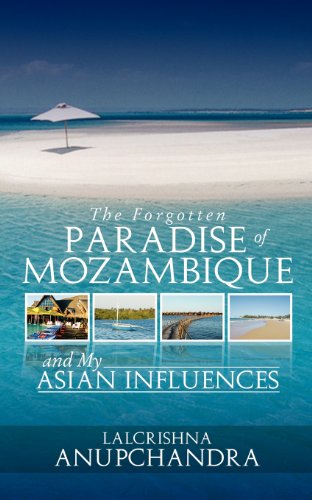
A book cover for The Forgotten Paradise of Mozambique and My Asian Influences; Lalcrishna Anupchandra; Travel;